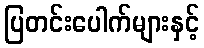
ပြတင်းပေါက်များနှင့်